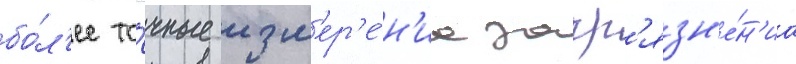
бо́л'ее то́чные изм'ер'е́н'иа загр'язн'е́н'иа